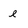
Character: e